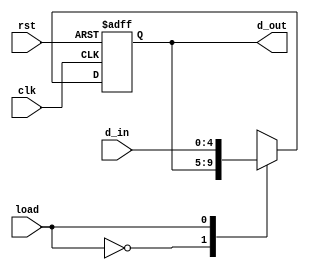
`timescale 1ns / 1ps
//////////////////////////////////////////////////////////////////////////////////
// Company: 
// Engineer: 
// 
// Design Name: 
// Module Name:    Registro5bits 
// Project Name: 
// Target Devices: 
// Tool versions: 
// Description: 
//
// Dependencies: 
//
// Revision: 
// Revision 0.01 - File Created
// Additional Comments: 
//
//////////////////////////////////////////////////////////////////////////////////

module Registro5bits #(parameter N=5)
	(
		input wire rst,
		input wire clk,
		input load,
		input wire [N-1:0] d_in,
		output wire [N-1:0] d_out 
    );

reg [N-1:0] r_act;
reg [N-1:0] r_sig;


always @(posedge clk, posedge rst)
if (rst)
	r_act <= 0;
else
	r_act <= r_sig;
	
always @*
	case (load)
	1'b0: r_sig = r_act;
	1'b1: r_sig = d_in;
	endcase
	
assign d_out = r_act;


endmodule